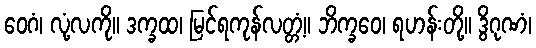
ဝေဂံ၊ လုံ့လကို။ ဒက္ခထ၊ မြင်ရကုန်လတ္တံ့။ ဘိက္ခဝေ၊ ရဟန်းတို့။ ဒွိဂုဏံ၊